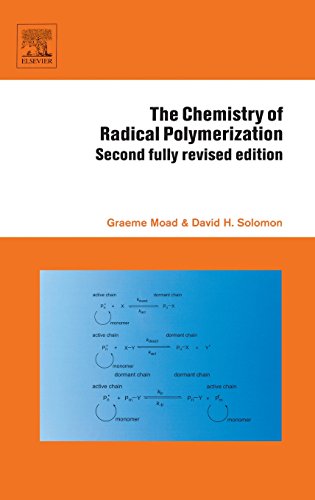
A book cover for The Chemistry of Radical Polymerization, Second Edition; Graeme Moad; Science & Math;